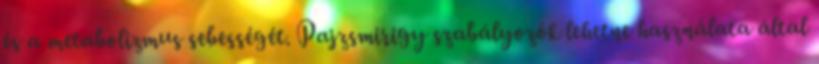
és a metabolizmus sebességét. Pajzsmirigy szabályozók lehetne használata által